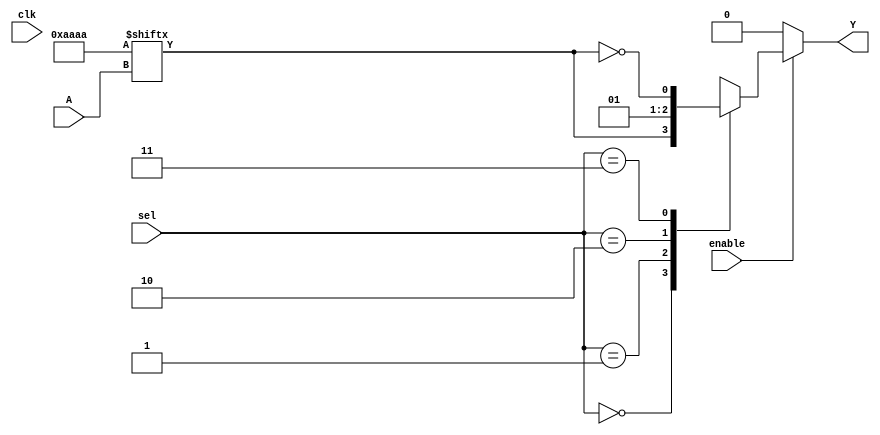
module CLB (
    input wire [3:0] A,          // 4-bit input for LUT
    input wire [1:0] sel,        // 2-bit selector for MUX
    input wire clk,              // Clock signal (for optional features)
    input wire enable,           // Enable signal for the CLB
    output wire Y                // Output of the CLB
);

// Configuration memory for LUT (4-input)
reg [15:0] lut_config;          // 16 possible combinations for 4 inputs
wire lut_out;

// Example LUT configuration (can be modified)
initial begin
    lut_config = 16'b1010101010101010; // Example truth table
end

// LUT implementation
assign lut_out = lut_config[{A[3], A[2], A[1], A[0]}];

// MUX implementation
reg mux_out;
always @(*) begin
    if (enable) begin
        case (sel)
            2'b00: mux_out = lut_out; // Output from LUT
            2'b01: mux_out = 1'b0;    // Example: Ground
            2'b10: mux_out = 1'b1;    // Example: VCC
            2'b11: mux_out = ~lut_out; // Inverted LUT output
            default: mux_out = 1'b0;   // Default case
        endcase
    end else begin
        mux_out = 1'b0; // Disable output when not enabled
    end
end

// Output buffer
assign Y = mux_out;

endmodule